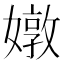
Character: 𡡬